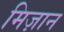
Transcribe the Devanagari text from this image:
मिज़ान